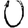
Digit: 0